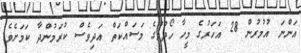
އަންނަ އުމުރުން 28 އަހަރުގެ މީހާ ހޯދުމުގެ މަސައްކަތް އަދިވެސް ކުރަމުންދާ ކަމަށެވެ.